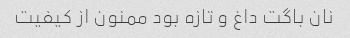
نان باگت داغ و تازه بود ممنون از کیفیت